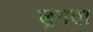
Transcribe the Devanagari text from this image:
ल्रगता